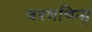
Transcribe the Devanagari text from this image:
चरणचिन्ह